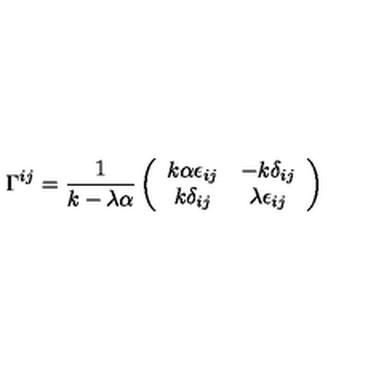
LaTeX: \Gamma ^ { i j } = \frac { 1 } { k - \lambda \alpha } \left( \begin{array} { c c } { k \alpha \epsilon _ { i j } } & { - k \delta _ { i j } } \\ { k \delta _ { i j } } & { \lambda \epsilon _ { i j } } \\ \end{array} \right)